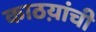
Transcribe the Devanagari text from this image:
काठय़ांची